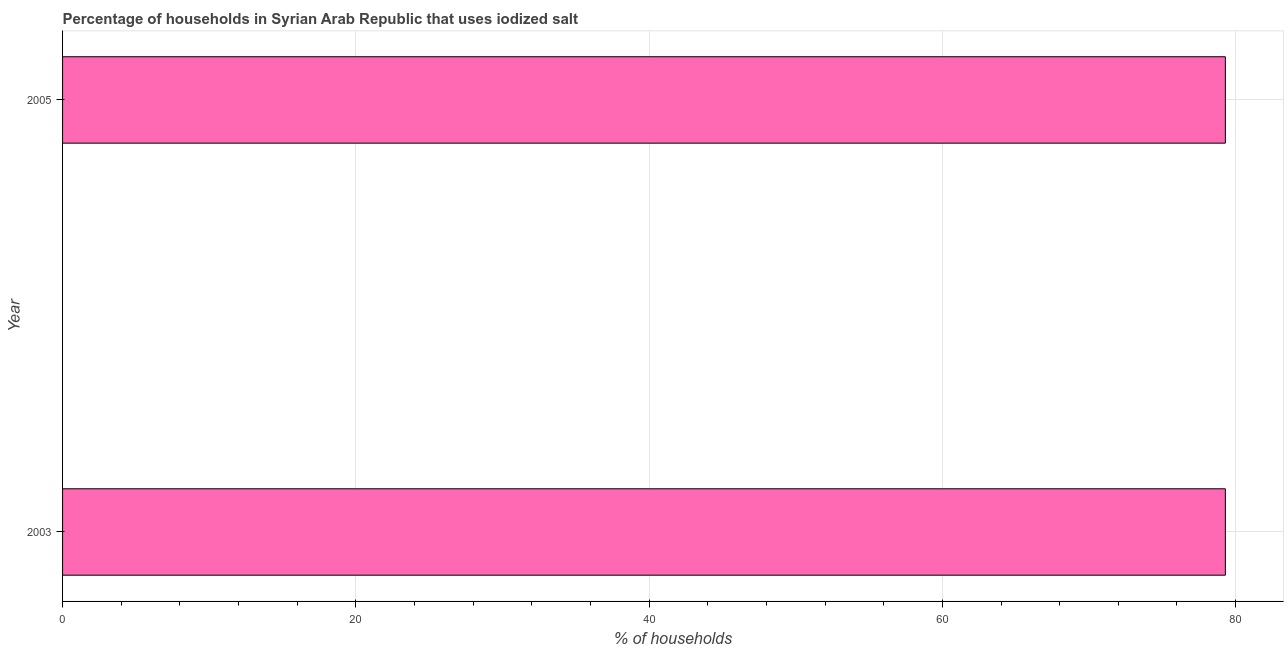
| Year | Consumption of iodized salt |
 | --- | --- |
 | 2003 | 79.3 |
 | 2005 | 79.3 |